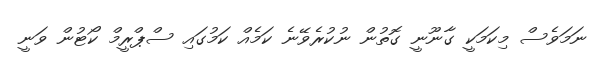
ނަމަވެސް މިކަމަކީ ގާނޫނީ ގޮތުން ނުކުރެވޭނެ ކަމެއް ކަމުގައި ސްޕްރީމް ކޯޓުން ވަނީ